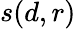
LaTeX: s(d,r)